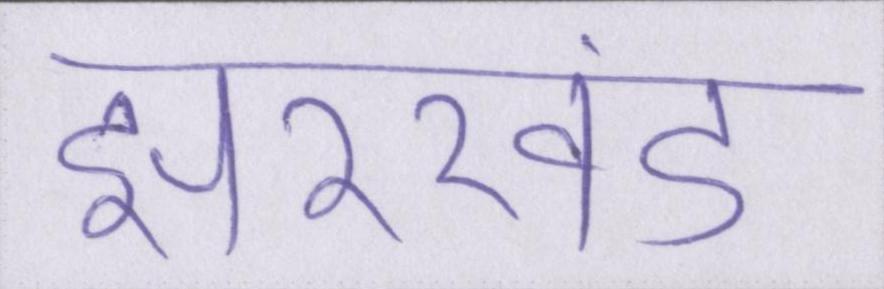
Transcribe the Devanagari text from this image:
झारखंड